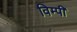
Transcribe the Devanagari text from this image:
विम्पी